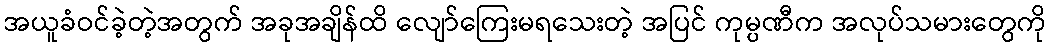
အယူခံဝင်ခဲ့တဲ့အတွက် အခုအချိန်ထိ လျော်ကြေးမရသေးတဲ့ အပြင် ကုမ္ပဏီက အလုပ်သမားတွေကို